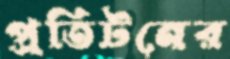
প্রতিটনের